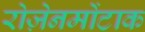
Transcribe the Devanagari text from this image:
रोज़ेनमोंटाक